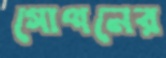
গোপনের